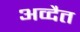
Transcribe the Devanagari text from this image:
अव्दैत